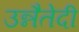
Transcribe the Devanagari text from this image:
उन्नैतेदी